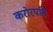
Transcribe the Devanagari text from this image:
करोरपति